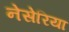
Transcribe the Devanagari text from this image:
नेसेरिया